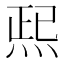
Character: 𱫆